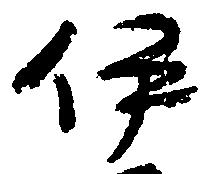
伊